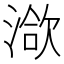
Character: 𣹱